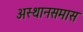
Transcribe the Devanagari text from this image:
अस्थानसमास